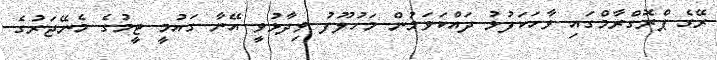
ރޭގެ ޕްރޮގްރާމްގައި ވާހަކަފުޅު ދައްކަވަމުން މަހުލޫފު ވިދާޅުވީ އޭނާ ގައުމީ ޓީމުގެ މެނޭޖަރުގެ